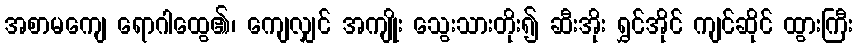
အစာမကျေ ရောဂါထွေ၏၊ ကျေလျှင် အကျိုး သွေးသားတိုး၍ ဆီးအိုး ရွှင်အိုင် ကျင်ဆိုင် ထွားကြီး